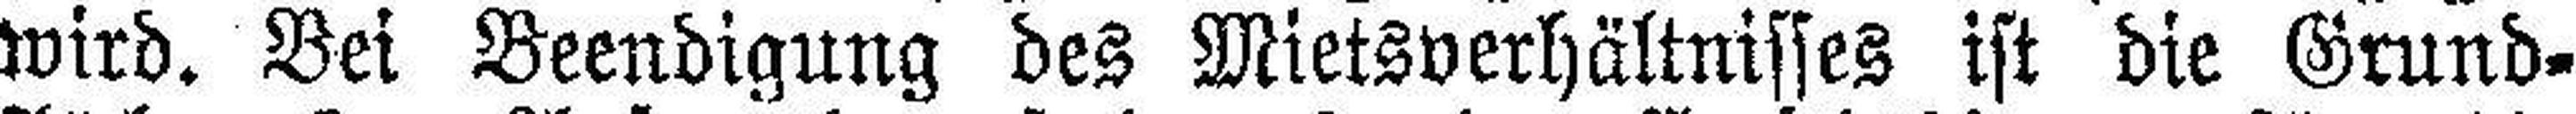
wird. Bei Beendigung des Mietsverhältnisses ist die Grund¬